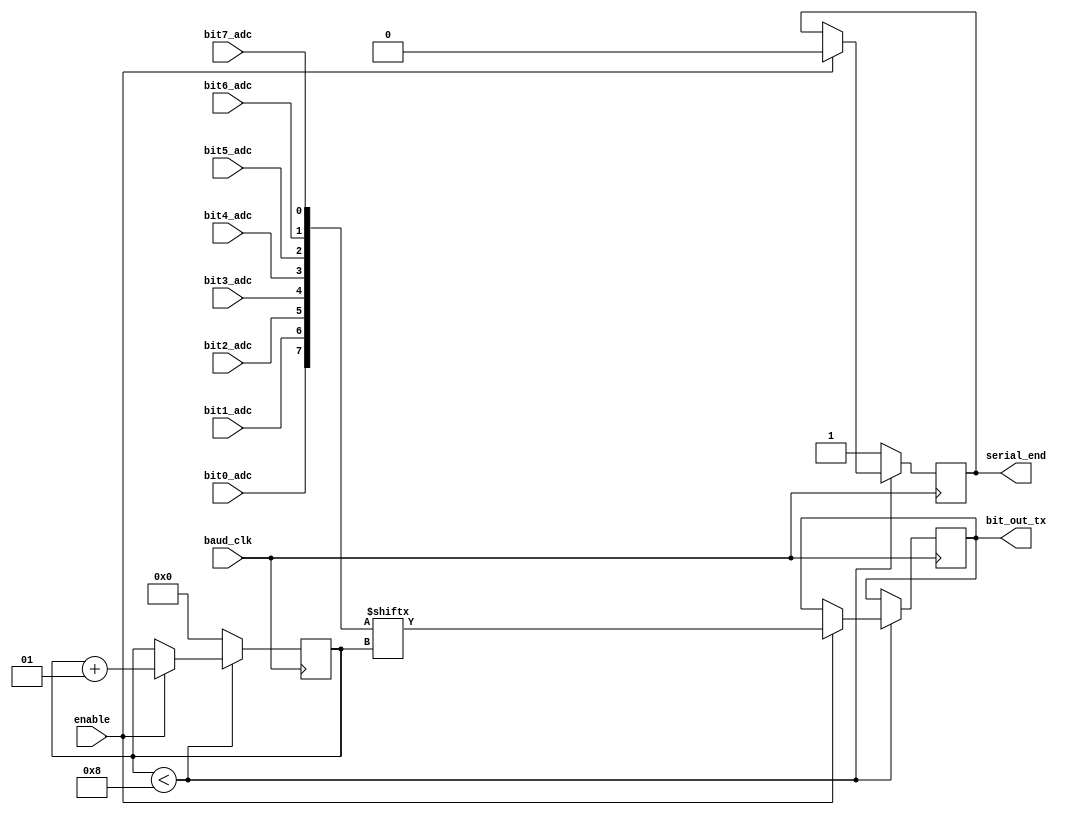
//Comunicacion serial
//Kamilla Peixoto 21/01/2023



module serial_com
#(parameter bits_com = 8)(	
	input baud_clk, enable, bit0_adc, bit1_adc, bit2_adc, bit3_adc, bit4_adc, bit5_adc, bit6_adc, bit7_adc,
	
	output reg bit_out_tx, serial_end
);

	
	integer count;    // Contador de flancos del reloj - no necesita ser entero, se puede usar una variable que requiere menos espacio
	wire [bits_com-1:0] data_com;
	
	assign data_com = {1'b0, bit0_adc, bit1_adc, bit2_adc, bit3_adc, bit4_adc, bit5_adc, bit6_adc, bit7_adc};
	//El primero bit a ser enviado es zero
	
	initial
	begin
		count       = 0;	
		bit_out_tx  = 1;
		serial_end  = 1;
	end // initial
	
	
	always @ (posedge baud_clk)
	begin
	
if(count<bits_com)
begin
	if (enable == 1'b1)
		begin
			serial_end = 0;
			bit_out_tx = data_com [count]; // MSB or LSB first?
			count = count + 1;
		end // if (enable == 1'b1)
end
		else
		begin
			count      <= 0;
			serial_end = 1;
		end
	end

endmodule